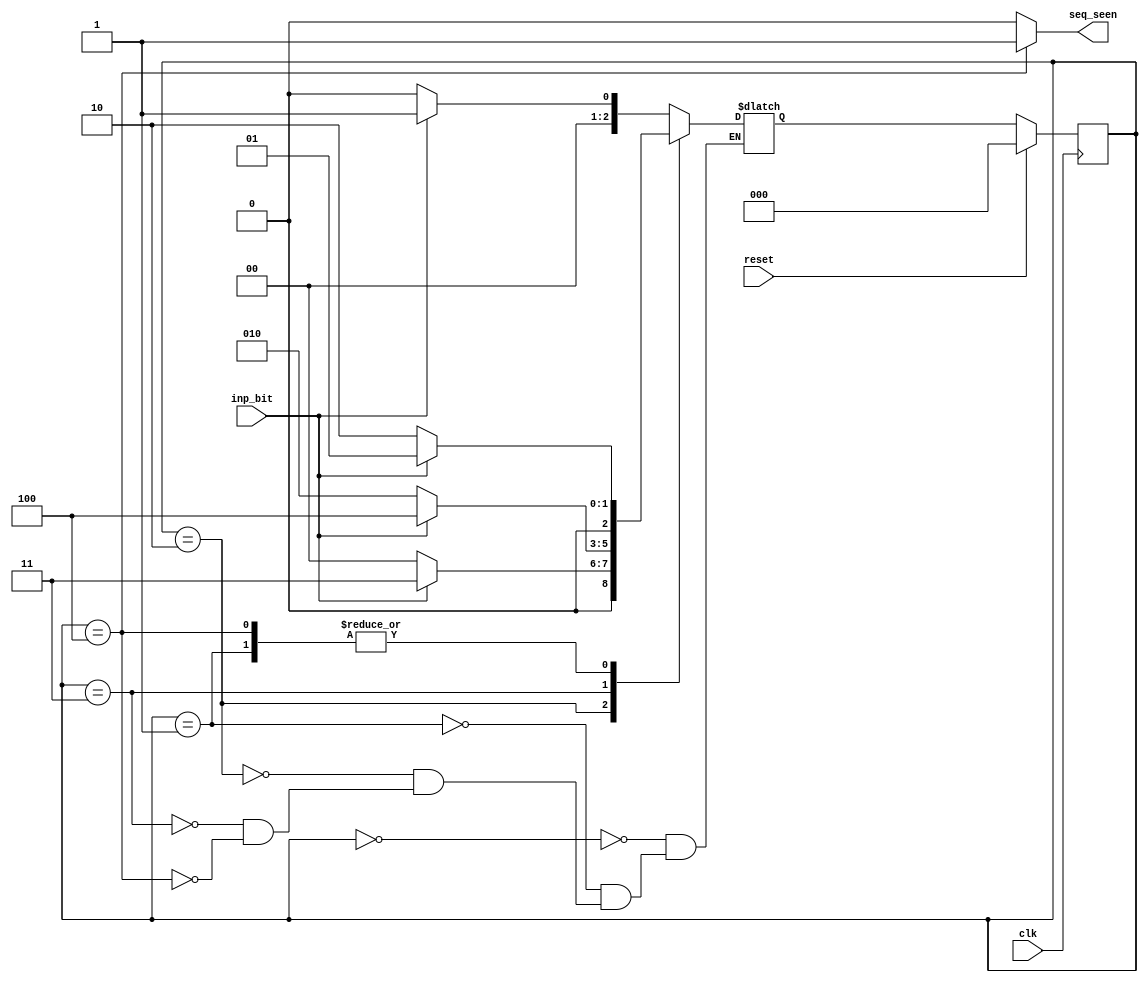
module seq_detect1011_bugfree(seq_seen, inp_bit, reset, clk);

  output seq_seen;
  input inp_bit;
  input reset;
  input clk;

  parameter IDLE = 0,
            SEQ_1 = 1, 
            SEQ_10 = 2,
            SEQ_101 = 3,
            SEQ_1011 = 4;

  reg [2:0] current_state, next_state;

  // if the current state of the FSM has the sequence 1011, then the output is
  // high
  assign seq_seen = current_state == SEQ_1011 ? 1 : 0;

  // state transition
  always @(posedge clk)
  begin
    if(reset)
    begin
      current_state <= IDLE;
    end
    else
    begin
      current_state <= next_state;
    end
  end

  // state transition based on the input and current state
  always @(inp_bit or current_state)
  begin
    case(current_state)
      IDLE:
      begin
        if(inp_bit == 1)
          next_state = SEQ_1;
        else
          next_state = IDLE;
      end
      SEQ_1:
      begin
        if(inp_bit == 1)
          next_state = SEQ_1;
        else
          next_state = SEQ_10;
      end
      SEQ_10:
      begin
        if(inp_bit == 1)
          next_state = SEQ_101;
        else
          next_state = IDLE;
      end
      SEQ_101:
      begin
        if(inp_bit == 1)
          next_state = SEQ_1011;
        else
          next_state = SEQ_10;
      end
      SEQ_1011:
      begin
        if(inp_bit == 1)
            next_state = SEQ_1;
        else
            next_state = SEQ_10;
      end
    endcase
  end
endmodule